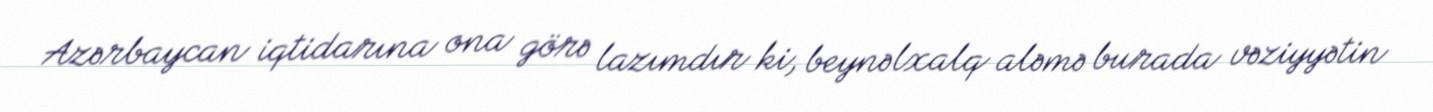
Azərbaycan iqtidarına ona görə lazımdır ki, beynəlxalq aləmə burada vəziyyətin